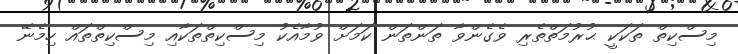
މިސްކިތް ތަކަކީ ޙުރުމަތްތެރި ވެގެންވާ ތަންތަން ކަމަށް ވުމާއެކު މިސްކިތްތަކާއި މިސްކިތްތައް ހިމެނޭ